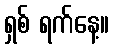
ရှစ် ရက်နေ့။